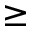
\geq